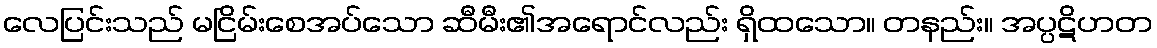
လေပြင်းသည် မငြိမ်းစေအပ်သော ဆီမီး၏အရောင်လည်း ရှိထသော။ တနည်း။ အပ္ပဋိဟတ